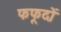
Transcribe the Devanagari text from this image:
फफूदों